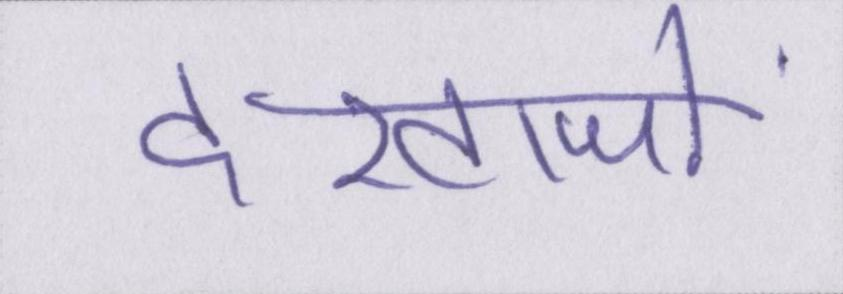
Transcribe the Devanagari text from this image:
दरवाजों